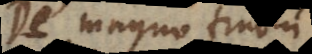
De magno fructu